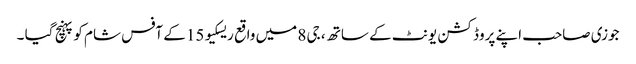
جوزی صاحب اپنے پروڈکشن یونٹ کے ساتھ ، جی 8 میں واقع ریسکیو 15 کے آفس شام کو پہنچ گیا ۔